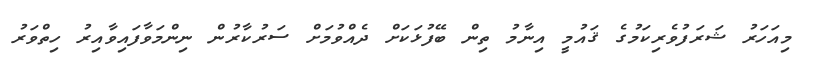
މިއަހަރު ޝަރަފުވެރިކަމުގެ ޤައުމީ އިނާމު ތިން ބޭފުޅަކަށް ދެއްވުމަށް ސަރުކާރުން ނިންމަވާފައިވާއިރު ހިތްވަރު